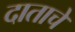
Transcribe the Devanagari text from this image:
दाताचे